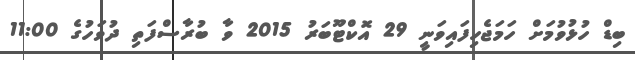
ބިޑް ހުޅުވުމަށް ހަމަޖެހިފައިވަނީ 29 އޮކްޓޫބަރު 2015 ވާ ބުރާސްފަތި ދުވަހުގެ 11:00